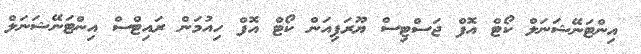
އިންޓަނޭޝަނަލް ކޯޓް އޮފް ޖަސްޓިސް ޔޫރަޕިއަން ކޯޓް އޮފް ހިއުމަން ރައިޓްސް އިންޓަނޭޝަނަލް